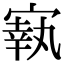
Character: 㝪